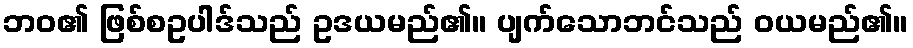
ဘဝ၏ ဖြစ်စဥပါဒ်သည် ဥဒယမည်၏။ ပျက်သောဘင်သည် ဝယမည်၏။